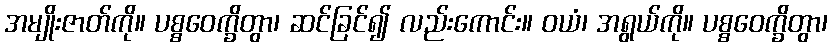
အမျိုးဇာတ်ကို။ ပစ္စဝေက္ခိတွာ၊ ဆင်ခြင်၍ လည်းကောင်း။ ဝယံ၊ အရွယ်ကို။ ပစ္စဝေက္ခိတွာ၊